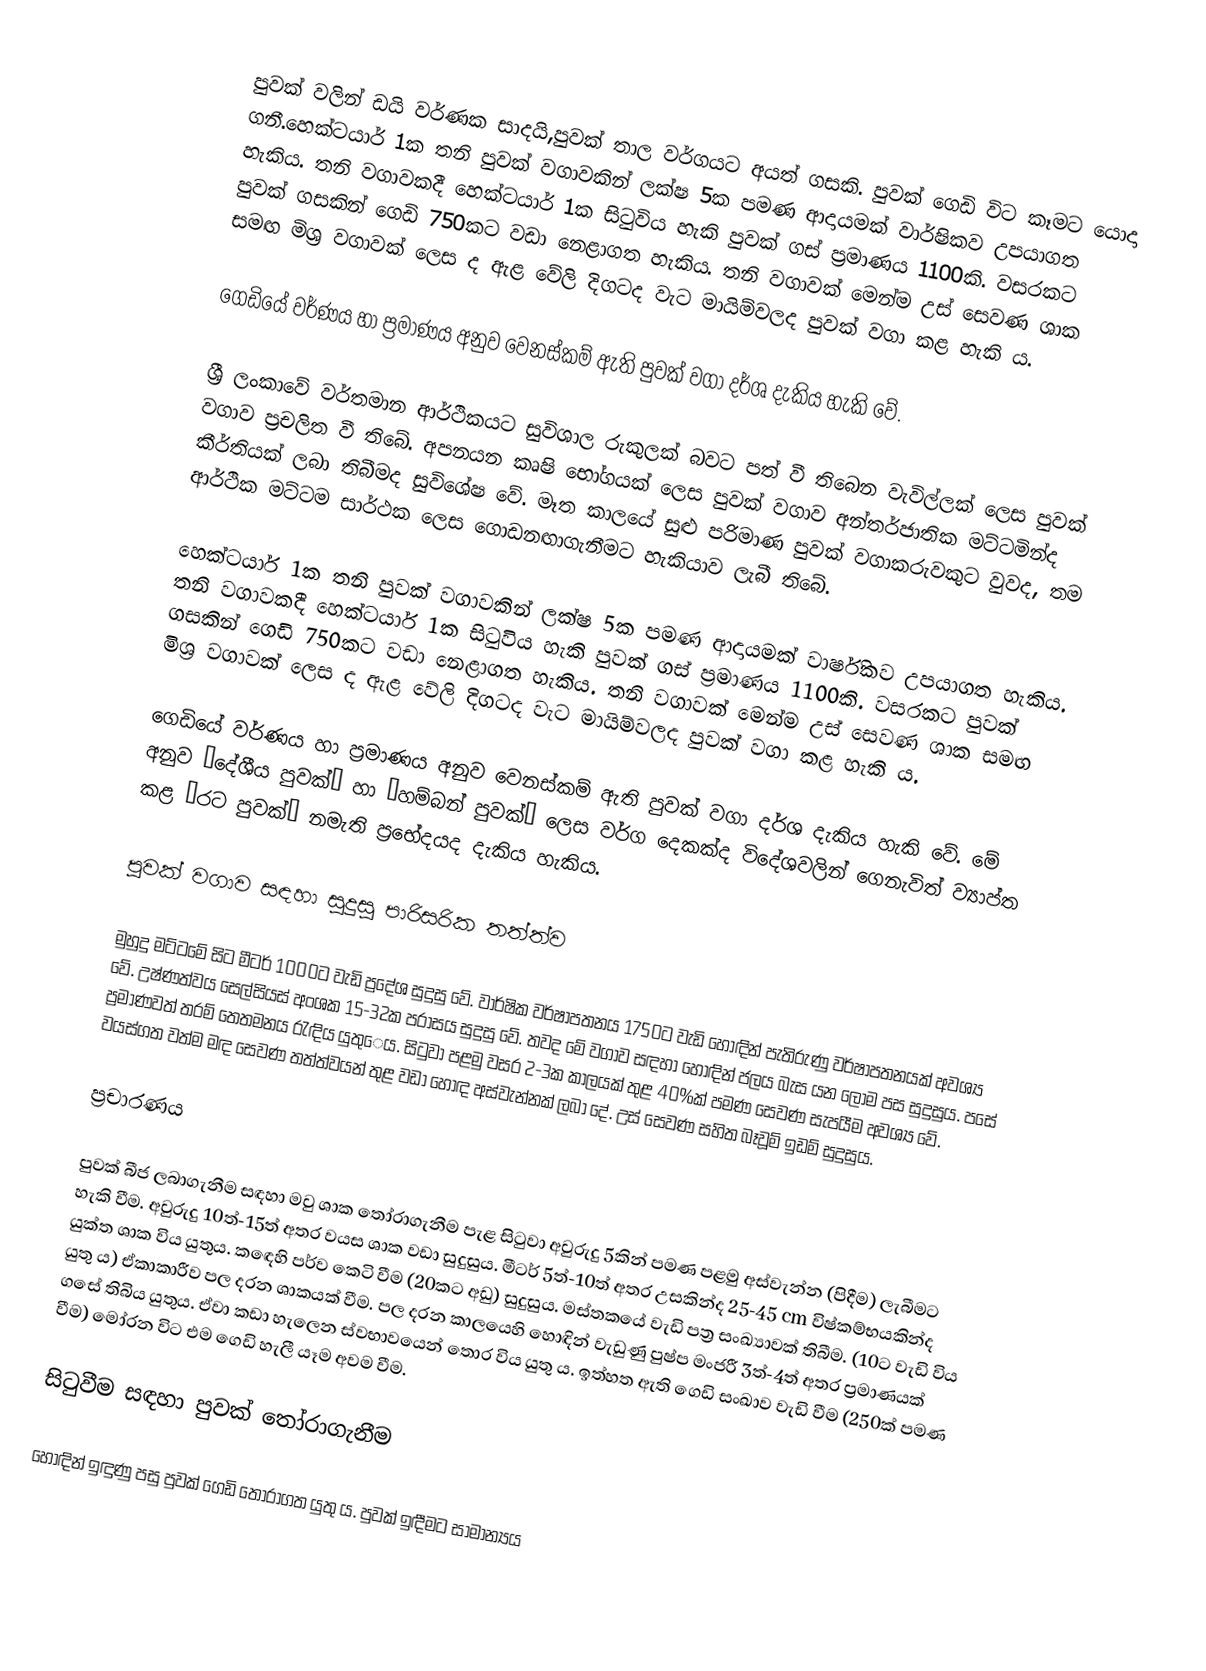
පුවක් වලින් ඩයි වර්ණක සාදයි,පුවක් තාල වර්ගයට අයත් ගසකි. පුවක් ගෙඩි විට කෑමට යොදා ගනී.හෙක්ට­යාර් 1ක තනි පුවක් වගා­ව­කින් ලක්ෂ 5ක පමණ ආදා­ය­මක් වාර්ෂි­කව උප­යා­ගත හැකිය. තනි වගා­ව­කදී හෙක්ට­යාර් 1ක සිටු­විය  හැකි පුවක් ගස් ප්‍රමා­ණය 1100කි. වස­ර­කට පුවක් ගස­කින් ගෙඩි 750කට වඩා නෙළා­ගත හැකිය. තනි වගා­වක් මෙන්ම උස් සෙවණ ශාක සමඟ මිශ්‍ර වගා­වක් ලෙස ද ඇළ වේලි දිග­ටද වැට මායි­ම්ව­ලද පුවක් වගා කළ හැකි ය.  

ගෙඩියේ වර්ණය හා ප්‍රමා­ණය අනුව වෙන­ස්කම් ඇති පුවක් වගා දර්ශ දැකිය හැකි වේ.

ශ්‍රී ලංකාවේ වර්තමාන ආර්ථිකයට සුවිශාල රුකුලක් බවට පත් වී තිබෙන වැවිල්ලක් ලෙස පුවක් වගාව ප්‍රචලිත වී තිබේ. අපනයන කෘෂි භෝගයක් ලෙස පුවක් වගාව අන්තර්ජාතික මට්ටමින්ද කීර්තියක් ලබා තිබීමද සුවිශේෂ වේ. මෑත කාලයේ සුළු පරිමාණ පුවක් වගාකරුවකුට වුවද, තම ආර්ථික මට්ටම ‍සාර්ථක ලෙස ගොඩනඟාගැනීමට හැකියාව ලැබී තිබේ‍.

හෙක්ටයාර් 1ක තනි පුවක් වගාවකින් ලක්ෂ 5ක පමණ ආදායමක් වාර්ෂිකව උපයාගත හැකිය. තනි වගාවකදී හෙක්ටයාර් 1ක සිටුවිය හැකි පුවක් ගස් ප්‍රමාණය 1100කි. වසරකට පුවක් ගසකින් ගෙඩි 750කට වඩා නෙළාගත හැකිය. තනි වගාවක් මෙන්ම උස් සෙවණ ශාක සමඟ මිශ්‍ර වගාවක් ලෙස ද ඇළ වේලි දිගටද වැට මායිම්වලද පුවක් වගා කළ හැකි ය.

ගෙඩියේ වර්ණය හා ප්‍රමාණය අනුව වෙනස්කම් ඇති පුවක් වගා දර්ශ දැකිය හැකි වේ. මේ අනුව ‘දේශීය පුවක්‘ හා ‘හම්බන් පුවක්‘ ලෙස වර්ග දෙකක්ද විදේශවලින් ගෙනැවිත් ව්‍යාප්ත කළ ‘රට පුවක්‘ නමැති ප්‍රභේදයද දැකිය හැකිය.

පුවක් වගාව සඳහා සුදුසු පාරිසරික තත්ත්ව

මුහුදු මට්ටමේ සිට මීටර් 1000ට වැඩි ප්‍රදේශ සුදුසු වේ. වාර්ෂික වර්ෂාපතනය 1750ට වැඩි හොඳින් පැතිරුණු වර්ෂාපතනයක් අවශ්‍ය වේ. උෂ්ණත්වය සෙල්සියස් අංශක 15-32ක පරාසය සුදුසු වේ. තවද මේ වගාව සඳහා හොඳින් ජලය බැස යන ලෝම පස සුදුසුය. පසේ ප්‍රමාණවත් තරම් තෙතමනය රැඳිය යුතුෙය. සිටුවා පළමු වසර 2-3ක කාලයක් තුළ 40%ක් පමණ සෙවණ සැපයීම අවශ්‍ය වේ. වයස්ගත වත්ම මඳ සෙවණ තත්ත්වයන් තුළ වඩා හොඳ අස්වැන්නක් ලබා දේ. උස් සෙවණ සහිත බෑවූම් ඉඩම් සුදුසුය.

ප්‍රචාරණය

පුවක් බීජ ලබාගැනීම සඳහා මවු ශාක තෝරාගැනීම පැළ සිටුවා අවුරුදු 5කින් පමණ පළමු අස්වැන්න (පිදීම) ලැබීමට හැකි වීම. අවුරුදු 10ත්-15ත් අතර වයස ශාක වඩා සුදුසුය. මීටර් 5ත්-10ත් අතර උසකින්ද 25-45 cm විෂ්කම්භයකින්ද යුක්ත ශාක විය යුතුය. කඳෙහි පර්ව කෙටි වීම (20කට අඩු) සුදුසුය. මස්තකයේ වැඩි පත්‍ර සංඛ්‍යාවක් තිබීම. (10ට වැඩි විය යුතු ය) ඒකාකාරීව පල දරන ශාකයක් වීම. පල දරන කාලයෙහි හොඳින් වැඩුණු පුෂ්ප මංජරී 3ත්-4ත් අතර ප්‍රමාණයක් ගසේ තිබිය යුතුය. ඒවා කඩා හැලෙන ස්වභාවයෙන් තොර විය යුතු ය. ඉත්හත ඇති ගෙඩි සංඛාව වැඩි වීම (250ක් පමණ වීම) මෝරන විට එම ගෙඩි හැලී යෑම අවම වීම.

සිටුවීම සඳහා පුවක් තෝරාගැනීම

හොඳින් ඉඳුණු පසු පුවක් ගෙඩි තෝරාගත යුතු ය. පුවක් ඉඳීමට සාමාන්‍යය